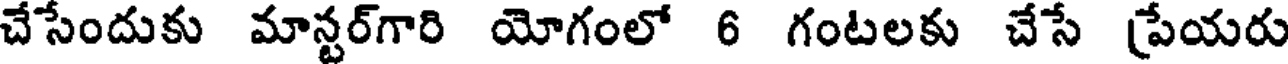
చేసేందుకు మాన్టర్గారి యోగంలో 6 గంటలకు చేసే ప్రేయరు